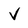
Character: V